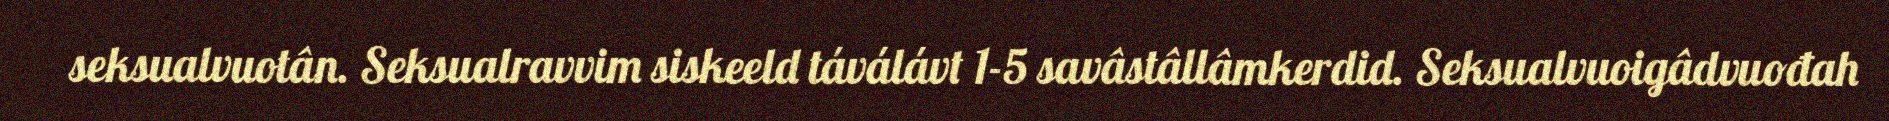
seksualvuotân. Seksualravvim siskeeld táválávt 1-5 savâstâllâmkerdid. Seksualvuoigâdvuođah